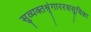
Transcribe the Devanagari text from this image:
सुव्यक्तश्रृंगाररससूचिका